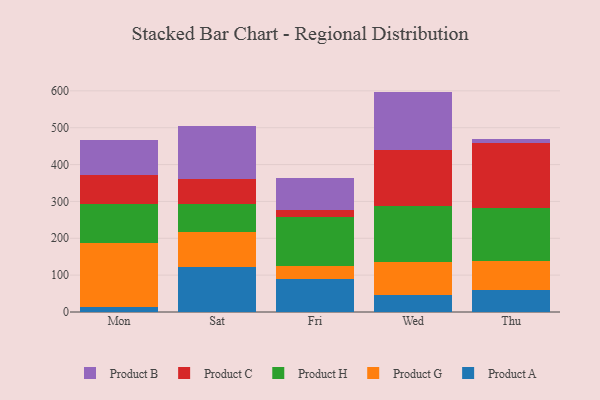
{"axis": {"x": "Day", "y": "Conversion Rate (%)"}, "legend": ["Product A", "Product B", "Product C", "Product G", "Product H"], "data": [{"x": "Mon", "y": 14.7, "type": "Product A"}, {"x": "Mon", "y": 173.4, "type": "Product G"}, {"x": "Mon", "y": 106.3, "type": "Product H"}, {"x": "Mon", "y": 77.7, "type": "Product C"}, {"x": "Mon", "y": 95.5, "type": "Product B"}, {"x": "Sat", "y": 122.9, "type": "Product A"}, {"x": "Sat", "y": 94.4, "type": "Product G"}, {"x": "Sat", "y": 75.9, "type": "Product H"}, {"x": "Sat", "y": 68.8, "type": "Product C"}, {"x": "Sat", "y": 141.9, "type": "Product B"}, {"x": "Fri", "y": 89.8, "type": "Product A"}, {"x": "Fri", "y": 34.7, "type": "Product G"}, {"x": "Fri", "y": 133.6, "type": "Product H"}, {"x": "Fri", "y": 18.4, "type": "Product C"}, {"x": "Fri", "y": 87.9, "type": "Product B"}, {"x": "Wed", "y": 45.4, "type": "Product A"}, {"x": "Wed", "y": 90.5, "type": "Product G"}, {"x": "Wed", "y": 150.6, "type": "Product H"}, {"x": "Wed", "y": 153.9, "type": "Product C"}, {"x": "Wed", "y": 157.6, "type": "Product B"}, {"x": "Thu", "y": 60.0, "type": "Product A"}, {"x": "Thu", "y": 78.6, "type": "Product G"}, {"x": "Thu", "y": 144.5, "type": "Product H"}, {"x": "Thu", "y": 176.2, "type": "Product C"}, {"x": "Thu", "y": 9.8, "type": "Product B"}]}